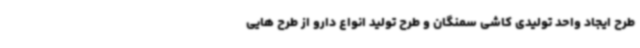
طرح ایجاد واحد تولیدی کاشی سمنگان و طرح تولید انواع دارو از طرح هایی